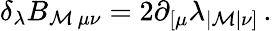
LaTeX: \delta_{\lambda}B_{\mathcal{M}\, \mu\nu}=2\partial_{[\mu}\lambda_{|\mathcal{M}|\nu]}\, .